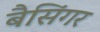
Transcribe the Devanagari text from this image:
बैसिंगर